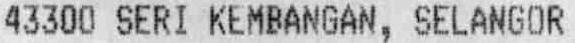
43300 SERI KEMBANGAN, SELANGOR